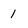
Character: 1